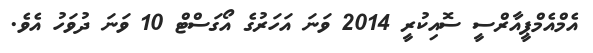
އެމްއެމްޕީއާރްސީ ސޮއިކުރީ 2014 ވަނަ އަހަރުގެ އޯގަސްޓް 10 ވަނަ ދުވަހު އެވެ.